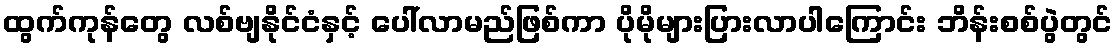
ထွက်ကုန်တွေ လစ်ဗျနိုင်ငံနှင့် ပေါ်လာမည်ဖြစ်ကာ ပိုမိုများပြားလာပါကြောင်း ဘိန်းစစ်ပွဲတွင်